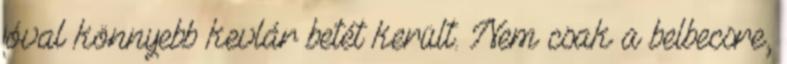
jóval könnyebb kevlár betét került. Nem csak a belbecsre,